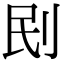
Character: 刡